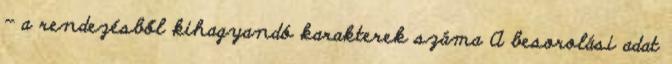
- a rendezésből kihagyandó karakterek száma A besorolási adat